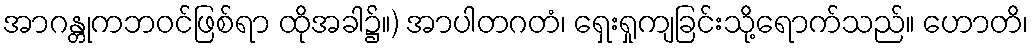
အာဂန္တုကဘဝင်ဖြစ်ရာ ထိုအခါ၌။) အာပါတဂတံ၊ ရှေးရှုကျခြင်းသို့ရောက်သည်။ ဟောတိ၊